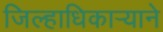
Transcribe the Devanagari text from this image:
जिल्हाधिकाऱ्याने